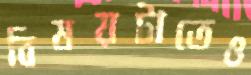
বিষয়টাতেও